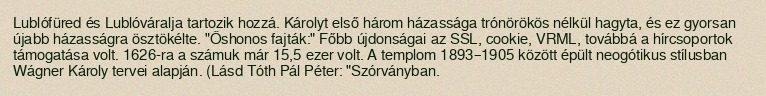
Lublófüred és Lublóváralja tartozik hozzá. Károlyt első három házassága trónörökös nélkül hagyta, és ez gyorsan újabb házasságra ösztökélte. "Őshonos fajták:" Főbb újdonságai az SSL, cookie, VRML, továbbá a hírcsoportok támogatása volt. 1626-ra a számuk már 15,5 ezer volt. A templom 1893–1905 között épült neogótikus stílusban Wágner Károly tervei alapján. (Lásd Tóth Pál Péter: "Szórványban.